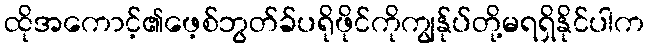
ထိုအကောင့်၏ဖေ့စ်ဘွတ်ခ်ပရိုဖိုင်ကိုကျွန်ုပ်တို့မရရှိနိုင်ပါက